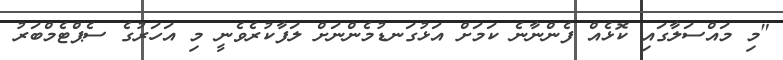
"މި މައްސަލާގައި ކޮޅެއް ފެންނާނެ ކަމަށް އަޅުގަނޑުމެންނަށް ލަފާކުރެވެނީ މި އަހަރުގެ ސެޕްޓެމްބަރު